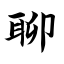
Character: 聊